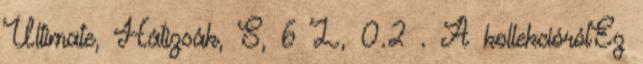
Ultimate, Hátizsák, S, 6 L, 0.2 . A kollekciórólEz